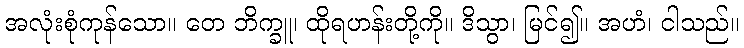
အလုံးစုံကုန်သော။ တေ ဘိက္ခူ၊ ထိုရဟန်းတို့ကို။ ဒိသွာ၊ မြင်၍။ အဟံ၊ ငါသည်။